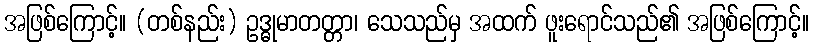
အဖြစ်ကြောင့်။ (တစ်နည်း) ဥဒ္ဓုမာတတ္တာ၊ သေသည်မှ အထက် ဖူးရောင်သည်၏ အဖြစ်ကြောင့်။